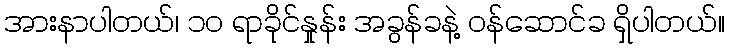
အားနာပါတယ်၊ ၁၀ ရာခိုင်နှုန်း အခွန်ခနဲ့ ဝန်ဆောင်ခ ရှိပါတယ်။